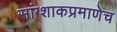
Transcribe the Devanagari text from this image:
सांग्शाकप्रमाणेच